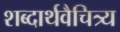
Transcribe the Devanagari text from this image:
शब्दार्थवैचित्र्य